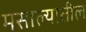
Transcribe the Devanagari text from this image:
मसाल्यातील